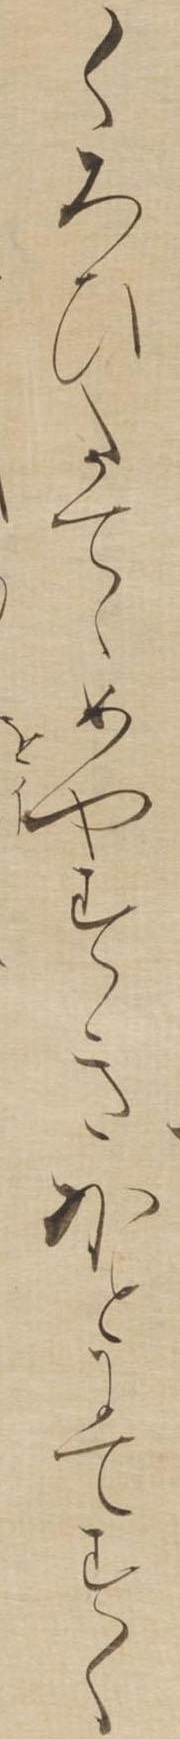
くろひたてゝめやすきほとにてすくを